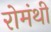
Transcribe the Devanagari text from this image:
रोमंथी